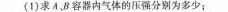
(1)求A.B容器内气体的压强分别为多少；